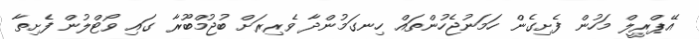
އޭޕްރީލް މަހުން ފެށިގެން ހަމަނުޖެހުންތައް ހިނގަމުންދާ ވެރިރަށް ބުޖުމްބޫރާ ގައި ވޯޓްލުން ފެށިތާ